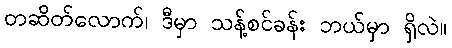
တဆိတ်လောက်၊ ဒီမှာ သန့်စင်ခန်း ဘယ်မှာ ရှိလဲ။